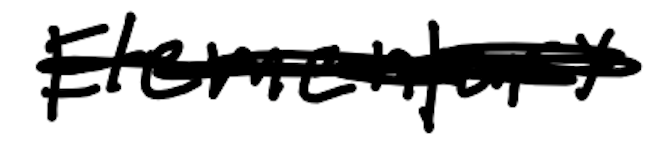
Text: Elementary
Cross-out: scratch
Writing tool: digital_black